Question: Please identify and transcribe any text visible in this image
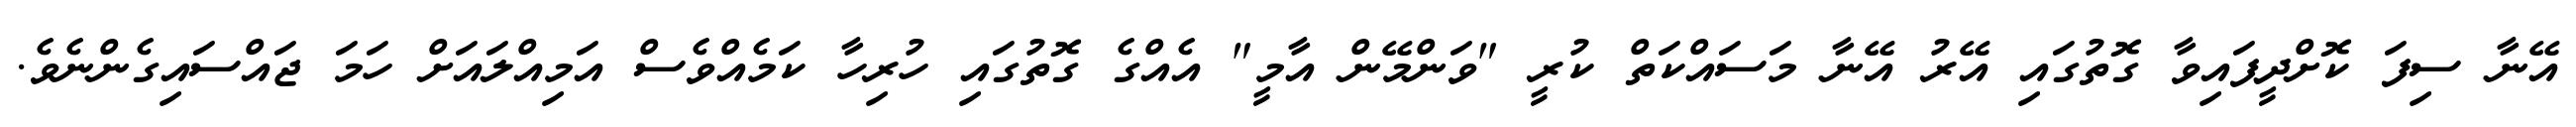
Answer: އޭނާ ސިފަ ކޮށްދީފައިވާ ގޮތުގައި އޭރު އޭނާ މަސައްކަތް ކުރީ "ވަންމޭން އާމީ" އެއްގެ ގޮތުގައި ހުރިހާ ކަމެއްވެސް އަމިއްލައަށް ހަމަ ޖައްސައިގެންނެވެ.